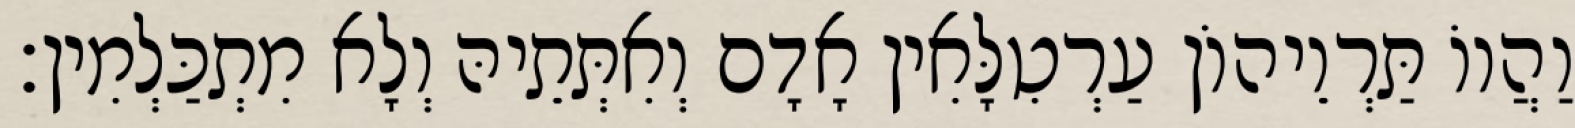
וַהֲווֹ תַּרְוֵיהוֹן עַרְטִלָּאִין אָדָם וְאִתְּתֵיהּ וְלָא מִתְכַּלְמִין׃